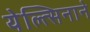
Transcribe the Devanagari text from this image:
येल्त्सिनाने